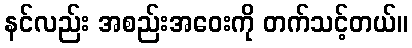
နင်လည်း အစည်းအဝေးကို တက်သင့်တယ်။